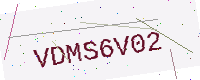
Text: VDMS6V02